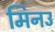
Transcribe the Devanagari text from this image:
मिनउ